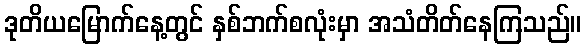
ဒုတိယမြောက်နေ့တွင် နှစ်ဘက်စလုံးမှာ အသံတိတ်နေကြသည်။